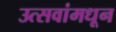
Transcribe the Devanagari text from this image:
उत्सवांमधून